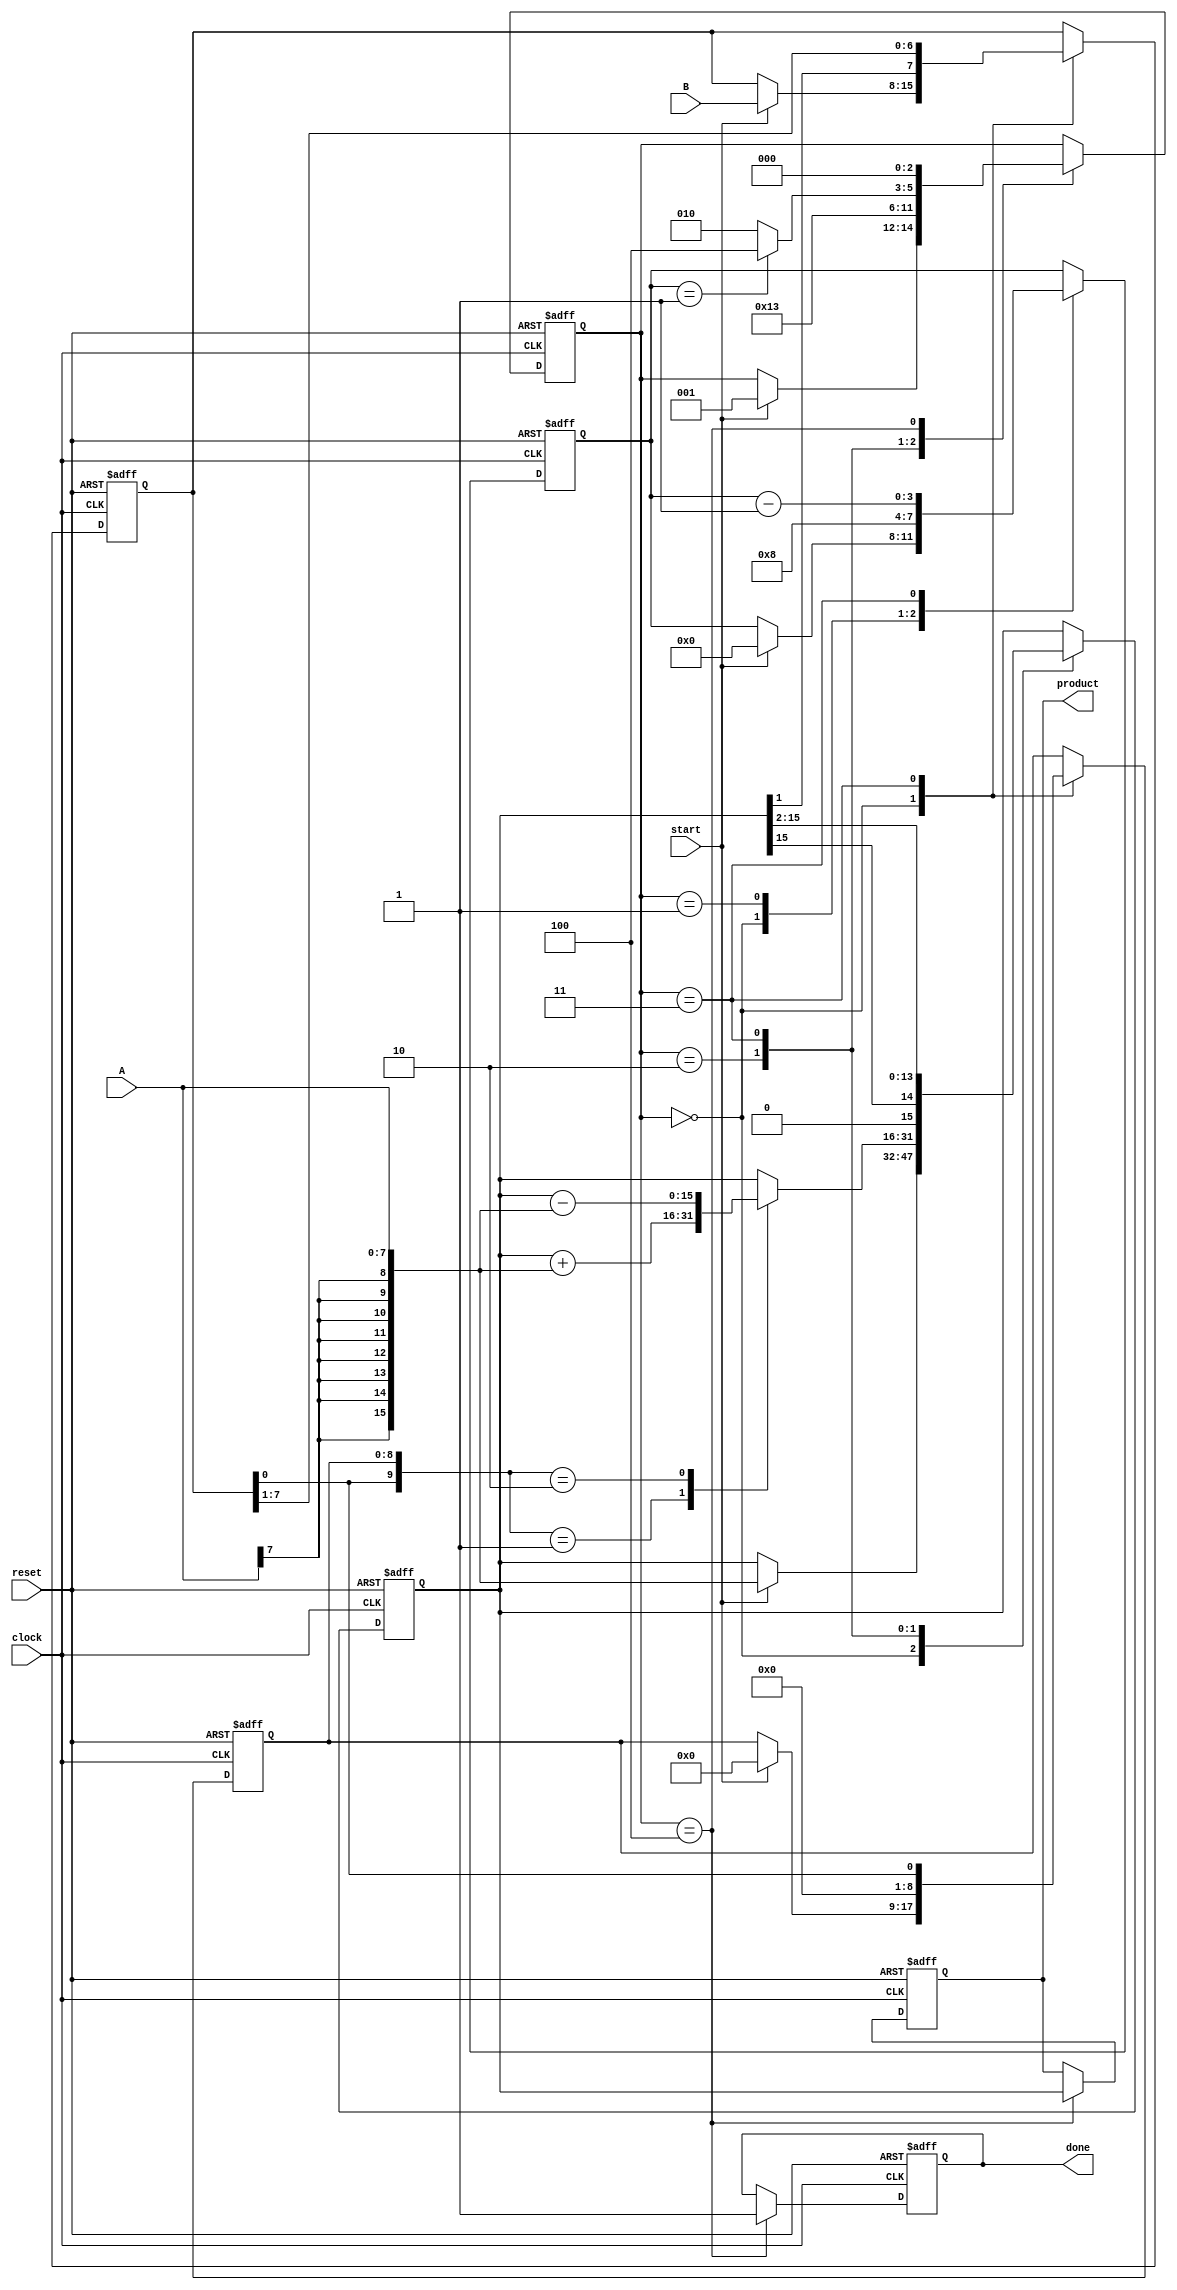
module booth_multiplier #(
    parameter WIDTH_A = 8, // Width of multiplicand
    parameter WIDTH_B = 8  // Width of multiplier
)(
    input  wire [WIDTH_A-1:0] A,      // Multiplicand
    input  wire [WIDTH_B-1:0] B,      // Multiplier
    input  wire start,                  // Start signal
    input  wire clock,                  // Clock signal
    input  wire reset,                  // Reset signal
    output reg [WIDTH_A + WIDTH_B - 1:0] product, // Product output
    output reg done                     // Done signal
);

    // Internal registers
    reg [WIDTH_A + WIDTH_B - 1:0] P; // Accumulator
    reg [WIDTH_B-1:0] Q;              // Multiplier
    reg [WIDTH_B:0] Q_1;              // Previous bit of Q
    reg [3:0] count;                  // Count for iterations
    reg [2:0] state;                  // FSM state

    // State encoding
    localparam IDLE = 3'b000,
               LOAD = 3'b001,
               CALC = 3'b010,
               SHIFT = 3'b011,
               DONE = 3'b100;

    // Reset and initialization
    always @(posedge clock or posedge reset) begin
        if (reset) begin
            P <= 0;
            Q <= 0;
            Q_1 <= 0;
            count <= 0;
            product <= 0;
            done <= 0;
            state <= IDLE;
        end else begin
            case (state)
                IDLE: begin
                    if (start) begin
                        // Load inputs
                        P <= { {WIDTH_A{A[WIDTH_A-1]}}, A }; // Sign-extend A
                        Q <= B;
                        Q_1 <= 0; // Initialize Q_1 to 0
                        count <= 0;
                        state <= LOAD;
                    end
                end

                LOAD: begin
                    // Initialize count and move to calculation state
                    count <= WIDTH_B; // Set count to the width of the multiplier
                    state <= CALC;
                end

                CALC: begin
                    case ({Q[0], Q_1}) // Check the last two bits of Q and Q_1
                        2'b01: P <= P + { {WIDTH_A{A[WIDTH_A-1]}}, A }; // P = P + A
                        2'b10: P <= P - { {WIDTH_A{A[WIDTH_A-1]}}, A }; // P = P - A
                        default: ; // Do nothing for 00 and 11
                    endcase
                    state <= SHIFT;
                end

                SHIFT: begin
                    // Arithmetic right shift
                    {P, Q} <= {P[WIDTH_A + WIDTH_B - 1], P[WIDTH_A + WIDTH_B - 1:1], Q[WIDTH_B-1], Q[WIDTH_B-2:1]};
                    Q_1 <= Q[0]; // Update Q_1
                    count <= count - 1; // Decrement count

                    if (count == 1) begin
                        state <= DONE; // Move to done state if finished
                    end else begin
                        state <= CALC; // Continue calculation
                    end
                end

                DONE: begin
                    product <= P; // Load the final product
                    done <= 1; // Set done signal
                    state <= IDLE; // Return to idle
                end
            endcase
        end
    end
endmodule